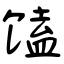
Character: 馌